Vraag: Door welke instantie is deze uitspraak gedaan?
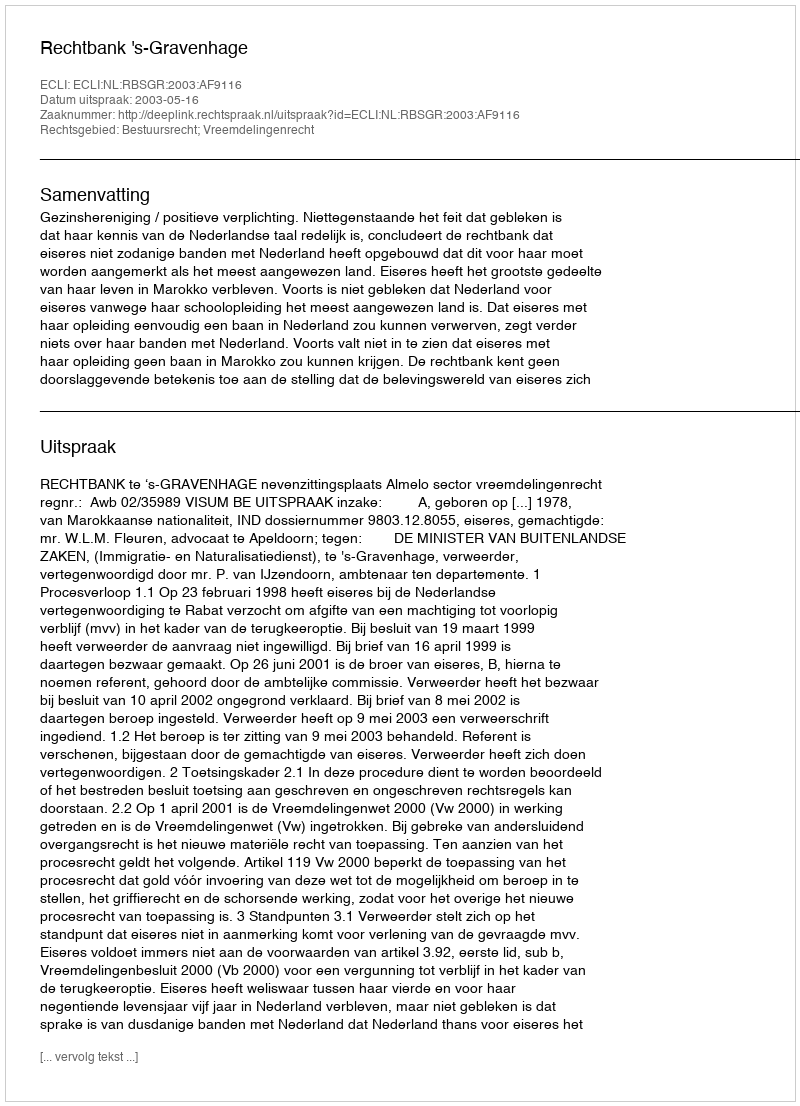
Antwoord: Rechtbank 's-Gravenhage